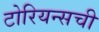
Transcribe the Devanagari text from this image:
टोरियन्सची